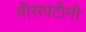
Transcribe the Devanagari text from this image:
वीसपटीनी